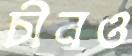
চীনও